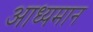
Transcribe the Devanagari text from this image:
आध्यमान